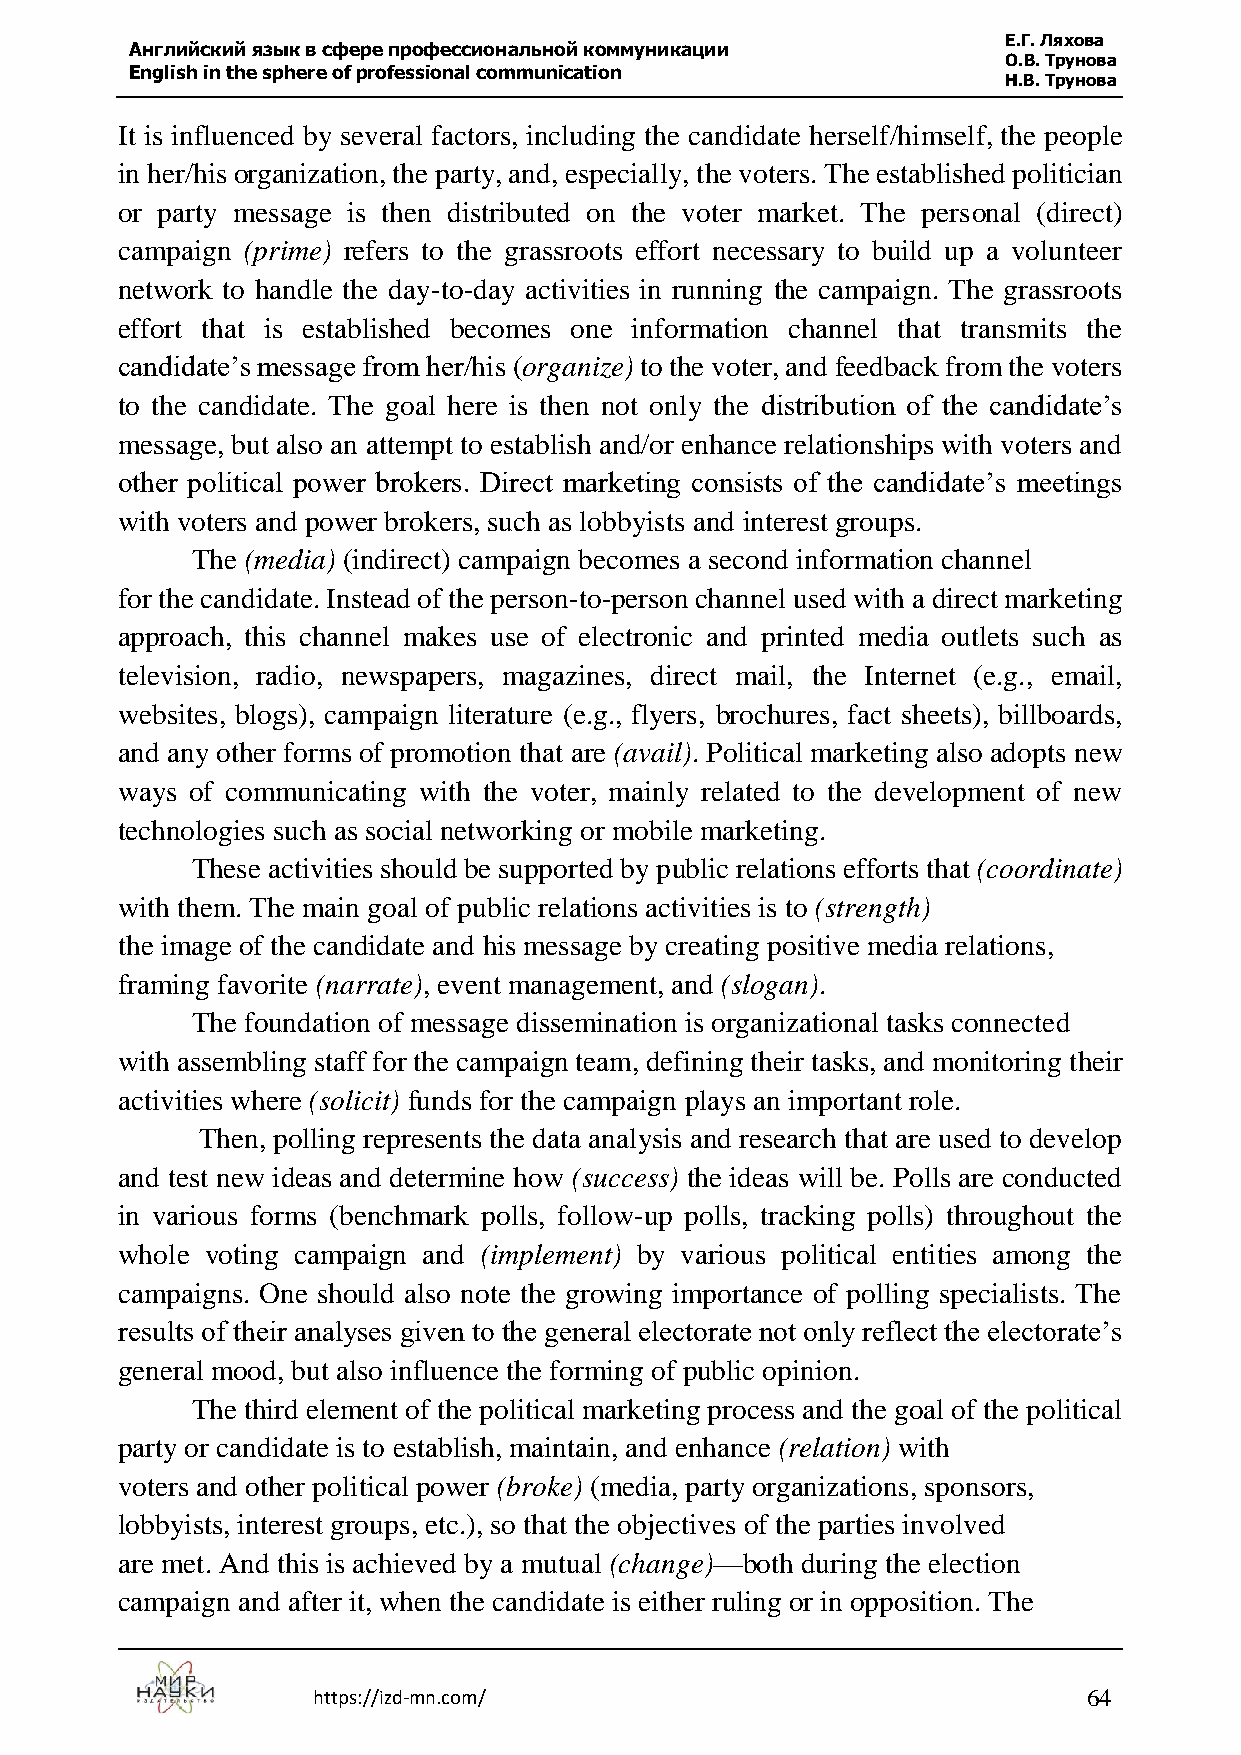
Е.Г. Ляхова
 Английский язык в сфере профессиональной коммуникации
 О.В. Трунова
 English in the sphere of professional communication
 Н.В. Трунова
 It is influenced by several factors, including the candidate herself/himself, the people
 in her/his organization, the party, and, especially, the voters. The established politician
 or party message is then distributed on the voter market. The personal (direct)
 campaign (prime) refers to the grassroots effort necessary to build up a volunteer
 network to handle the day-to-day activities in running the campaign. The grassroots
 effort that is established becomes one information channel that transmits the
 candidate’s message from her/his (organize) to the voter, and feedback from the voters
 to the candidate. The goal here is then not only the distribution of the candidate’s
 message, but also an attempt to establish and/or enhance relationships with voters and
 other political power brokers. Direct marketing consists of the candidate’s meetings
 with voters and power brokers, such as lobbyists and interest groups.
 The (media) (indirect) campaign becomes a second information channel
 for the candidate. Instead of the person-to-person channel used with a direct marketing
 approach, this channel makes use of electronic and printed media outlets such as
 television, radio, newspapers, magazines, direct mail, the Internet (e.g., email,
 websites, blogs), campaign literature (e.g., flyers, brochures, fact sheets), billboards,
 and any other forms of promotion that are (avail). Political marketing also adopts new
 ways of communicating with the voter, mainly related to the development of new
 technologies such as social networking or mobile marketing.
 These activities should be supported by public relations efforts that (coordinate)
 with them. The main goal of public relations activities is to (strength)
 the image of the candidate and his message by creating positive media relations,
 framing favorite (narrate), event management, and (slogan).
 The foundation of message dissemination is organizational tasks connected
 with assembling staff for the campaign team, defining their tasks, and monitoring their
 activities where (solicit) funds for the campaign plays an important role.
 Then, polling represents the data analysis and research that are used to develop
 and test new ideas and determine how (success) the ideas will be. Polls are conducted
 in various forms (benchmark polls, follow-up polls, tracking polls) throughout the
 whole voting campaign and (implement) by various political entities among the
 campaigns. One should also note the growing importance of polling specialists. The
 results of their analyses given to the general electorate not only reflect the electorate’s
 general mood, but also influence the forming of public opinion.
 The third element of the political marketing process and the goal of the political
 party or candidate is to establish, maintain, and enhance (relation) with
 voters and other political power (broke) (media, party organizations, sponsors,
 lobbyists, interest groups, etc.), so that the objectives of the parties involved
 are met. And this is achieved by a mutual (change)—both during the election
 campaign and after it, when the candidate is either ruling or in opposition. The
 https://izd-mn.com/                                64